Snake-venoms in relation to hæmolysis - Number 17
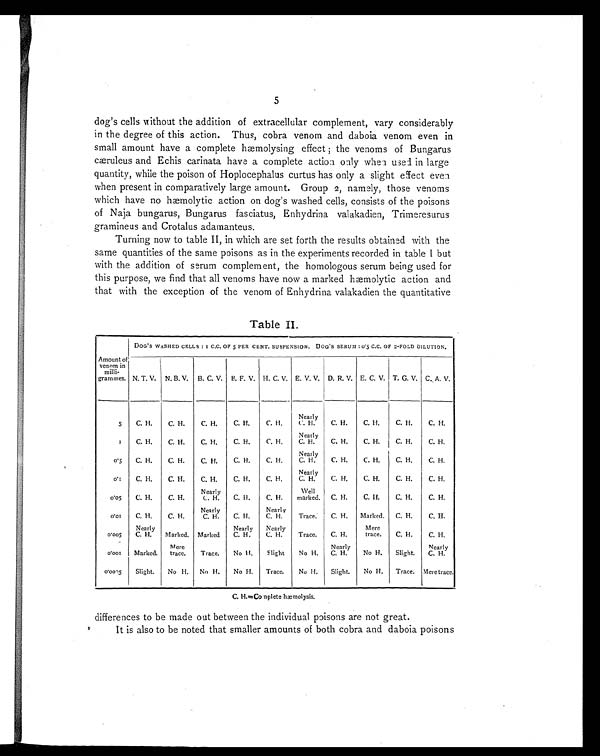
5
dog's cells without the addition of extracellular complement, vary considerably
in the degree of this action. Thus, cobra venom and daboia venom even in
small amount have a complete hæmolysing effect ; the venoms of Bungarus
cæruleus and Echis carinata have a complete action only when used. in large
quantity, while the poison of Hoplocephalus curtus has only a slight effect even
when present in comparatively large amount. Group 2, namely, those venoms
which have no hæmolytic action on dog's washed cells, consists of the poisons
of Naja bungarus, Bungarus fasciatus, Enhydrina valakadien, Trimeresurus
gramineus and Crotalus adamanteus.
Turning now to table II, in which are set forth the results obtained with the
same quantities of the same poisons as in the experiments recorded in table I but
with the addition of serum complement, the homologous serum being used for
this purpose, we find that all venoms have now a marked hæmolytic action and
that with the exception of the venom of Enhydrina valakadien the quantitative
Table II.
Amount of
venom in
milli-
grammes.
DOG ' S WASHED CELLS : 1 C.C. OF 5 PER CENT. SUSPENSION. DOG'S SERUM : 0.5 C.C. OF 2-FOLD DILUTION.
N. T. V. N. B. V. B. C. V. B. F. V. H. C. V. E. V. V. D. R. V. E. C. V. T. G. V. C. A. V.
5
C. H.
C. H.
C. H.
C. H.
C. H.
Nearly
C. H.
C. H.
C. H.
C. H.
C. H.
1
C. H.
C. H.
C. H.
C. H.
C. H.
Nearly
C. H.
C. H.
C. H.
C. H.
C. H.
0.5
C. H.
C. H.
C. H.
C. H.
C. H.
Nearly
C. H.
C. H.
C. H.
C. H.
C. H.
0.1
C. H.
C. H.
C. H.
C. H.
C. H.
Nearly
C. H. I C. H.
C. H.
C. H.
C. H.
0 . 0 5
C. H.
C. H.
Nearly
C. H.
C. H.
C. H.
Well
marked.
C. H.
C. H.
C. H.
C. H.
0 . 0 1
C. H.
C. H.
Nearly
C. H.
C. H.
Nearl y
C. H.
Trace.
C. H.
Marked.
C. H.
C. H.
0 . 0 0 5
Nearly
C. H.
Marked. Marked
Nearly
C. H.
Nearly
C. H.
Trace.
C. H.
Mere
trace.
C. H.
C. H.
0 . 0 0 1
Marked.
Mere
trace.
T r ace.
No H.
Slight
No H.
Nearly
C. H.
No H.
Slight.
Nearly
C. H.
0 . 0 0 0 5
Slight.
No H.
No H.
No H.
Trace.
No H.
Slight.
No H.
Trace. Mere trace.
C.H.=Conplete hæmolysis.
differences to be made out between the individual poisons are not great.
It is also to be noted that smaller amounts of both cobra and daboia poisons